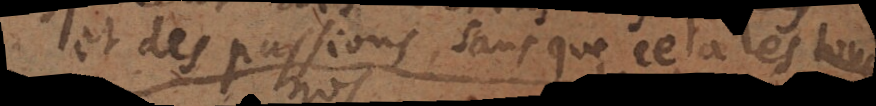
et des passions, sans que cela les touche